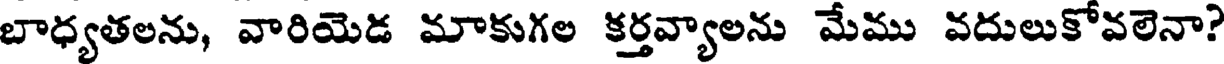
బాధ్యతలను, వారియెడ మాకుగల కర్తవ్యాలను మేము వదులుకోవలెనా?